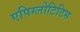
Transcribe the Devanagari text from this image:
एपिग्लोटिटिस